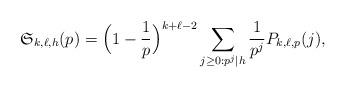
LaTeX: \begin{align*} \mathfrak{S}_{k,\ell,h}(p) = \Big( 1- \frac{1}{p} \Big)^{k+\ell-2} \sum_{j \ge 0: p^j \mid h} \frac{1}{p^j} P_{k,\ell,p}(j),\end{align*}